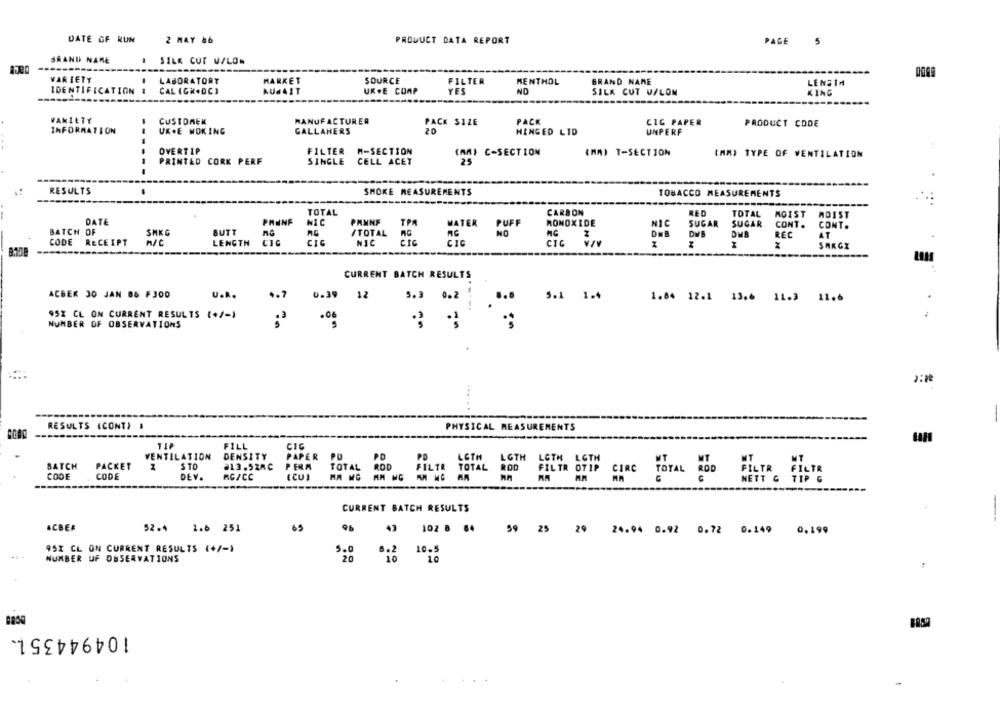
DATE OF RUN
2 MAY 86
PRODUCT DATA REPORT
PAGE
5
BRAND NAME
SILK CUT UALON
----
VARIETY
LABORATORY
MARKET
SOURCE
FILTER
MENTHOL
BRAND NAME
LENSIA
IDENTIFICATION
CAL IGN.DCI
AUMAIT
UK .E COMP
YES
ND
SILK CUT U/LON
KING
VAKILTY
CUSTOMEN
MANUFACTURER
PACK SIZE
PACK
CIG PAPER
PRODUCT CODE
INFORMATION
UK.E WOKING
GALLAHERS
20
HINGED LID
UNPERF
OVERTIP
FILTER M-SECTION
(AM) C-SECTION
{MAI T-SECTION
(MM) TYPE OF VENTILATION
----
PRINTED CORK PERF
SINGLE CELL ACET
25
RESULTS
SMOKE MEASUREMENTS
TOBACCO MEASUREMENTS
TOTAL
CARBON
RED
TOTAL
MOIST
ADIST
DATE
PANNE
PANNE
TPA
WATER
PUFF
MONOXIDE
NIC
SUGAR
SUGAR
CONT.
CONT.
BATCH OF
SHKG
BUTT
/TOTAL
NO
A/A
DNE
REC
AT
CODE
RECEIPT
M/C
LENGTH
CIG
NIC
CIC
CIC
24
SARGI
CURRENT BATCH RESULTS
ACBEK 30 JAN 86 FJOD
U.k.
.. 7
0.39
5.3
12
5.1 1.4
1.84 12.1 13.6 11.3 11.6
----
95% CL ON CURRENT RESULTS (+/-)
NUMBER OF OBSERVATIONS
... ..
RESULTS (CONT) .
PHYSICAL MEASUREMENTS
----
11₽
FILL
CIG
VENTILATION
DENSITY
PAPER PD
PO
PD
LETH
LGTH
LOTH LOTH
BATCH
ROD
FILTR
PACKET
STO
213.528C
PERA
TOTAL
TOTAL
ROD
FILTR OTIP
CIRC
TOTAL ROD FILTR FILTR
CODE
CODE
DEV.
AC/CC
(CU)
AM MG
NETT & TIP G
CURRENT BATCH RESULTS
ACBER
52.4
1.6 251
65
43
102 8
59 25 29 24.94 0.92 0.72 0.149 0.199
95X CL ON CURRENT RESULTS (+/-1
5.0
5.2
10.5
NUMBER UF OBSERVATIONS
20
10
1.0
104944351.
-